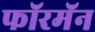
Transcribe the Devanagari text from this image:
फॉरमॅन